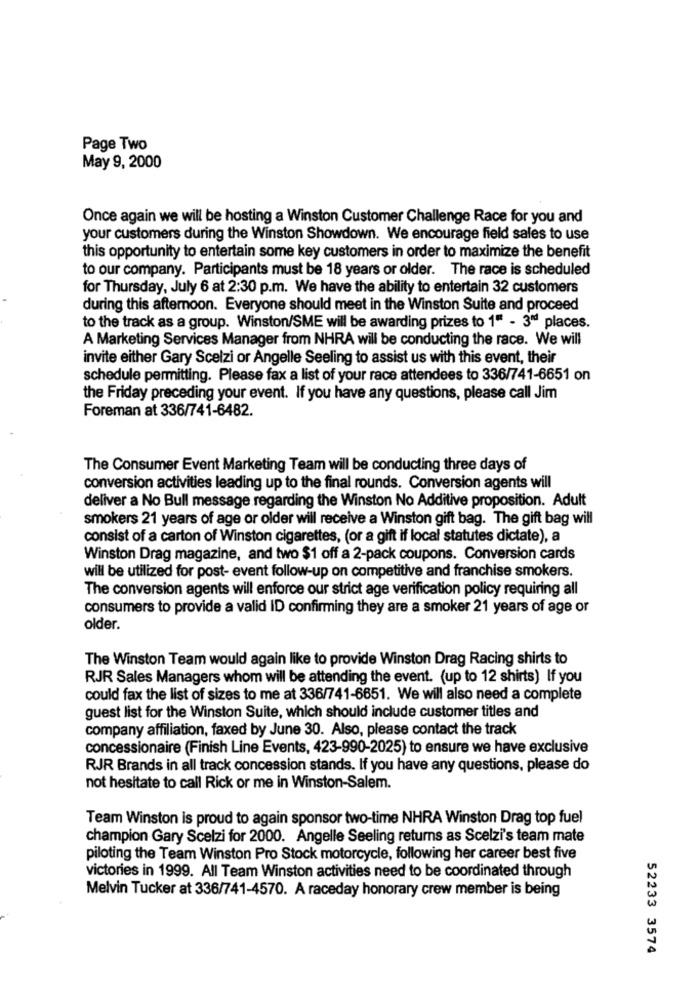
Page Two
May 9, 2000
Once again we will be hosting a Winston Customer Challenge Race for you and
your customers during the Winston Showdown. We encourage field sales to use
this opportunity to entertain some key customers in order to maximize the benefit
to our company. Participants must be 18 years or older. The race is scheduled
for Thursday, July 6 at 2:30 p.m. We have the ability to entertain 32 customers
during this afternoon. Everyone should meet in the Winston Suite and proceed
to the track as a group. Winston/SME will be awarding prizes to 1" - 3ª places.
A Marketing Services Manager from NHRA will be conducting the race. We will
invite either Gary Scelzi or Angelle Seeling to assist us with this event, their
schedule permitting. Please fax a list of your race attendees to 336/741-6651 on
the Friday preceding your event. If you have any questions, please call Jim
Foreman at 336/741-6482.
The Consumer Event Marketing Team will be conducting three days of
conversion activities leading up to the final rounds. Conversion agents will
deliver a No Bull message regarding the Winston No Additive proposition. Adult
smokers 21 years of age or older will receive a Winston gift bag. The gift bag will
consist of a carton of Winston cigarettes, (or a gift if local statutes dictate), a
Winston Drag magazine, and two $1 off a 2-pack coupons. Conversion cards
will be utilized for post- event follow-up on competitive and franchise smokers.
The conversion agents will enforce our strict age verification policy requiring all
consumers to provide a valid ID confirming they are a smoker 21 years of age or
older.
The Winston Team would again like to provide Winston Drag Racing shirts to
RJR Sales Managers whom will be attending the event. (up to 12 shirts) If you
could fax the list of sizes to me at 336/741-6651. We will also need a complete
guest list for the Winston Suite, which should include customer titles and
company affiliation, faxed by June 30. Also, please contact the track
concessionaire (Finish Line Events, 423-990-2025) to ensure we have exclusive
RJR Brands in all track concession stands. If you have any questions, please do
not hesitate to call Rick or me in Winston-Salem.
Team Winston is proud to again sponsor two-time NHRA Winston Drag top fuel
champion Gary Scelzi for 2000. Angelle Seeling returns as Scelzi's team mate
piloting the Team Winston Pro Stock motorcycle, following her career best five
victories in 1999. All Team Winston activities need to be coordinated through
Melvin Tucker at 336/741-4570. A raceday honorary crew member is being
52233 3574